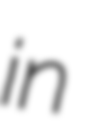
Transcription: in